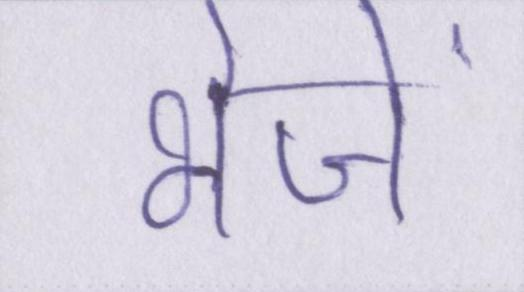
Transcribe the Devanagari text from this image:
भेजें